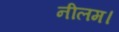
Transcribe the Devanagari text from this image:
नीलम।